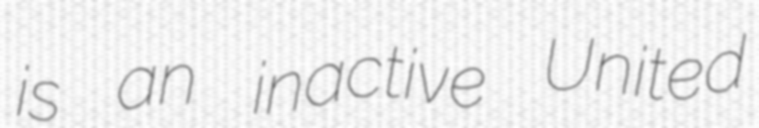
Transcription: is an inactive United